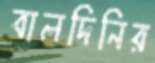
বালদিনির